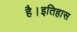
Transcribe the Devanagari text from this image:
है।इतिहास